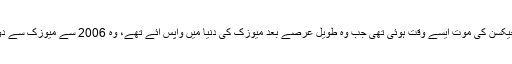
مائیکل جیکسن کی موت ایسے وقت ہوئی تھی جب وہ طویل عرصے بعد میوزک کی دنیا میں واپس آئے تھے، وہ 2006 سے میوزک سے دور تھے۔